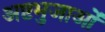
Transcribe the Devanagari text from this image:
अष्टभुजाओं